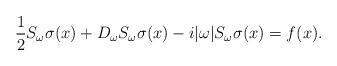
LaTeX: \begin{align*}\frac{1}{2}S_\omega\sigma(x)+D_\omega S_\omega\sigma(x)-i|\omega|S_\omega\sigma(x) = f(x).\end{align*}